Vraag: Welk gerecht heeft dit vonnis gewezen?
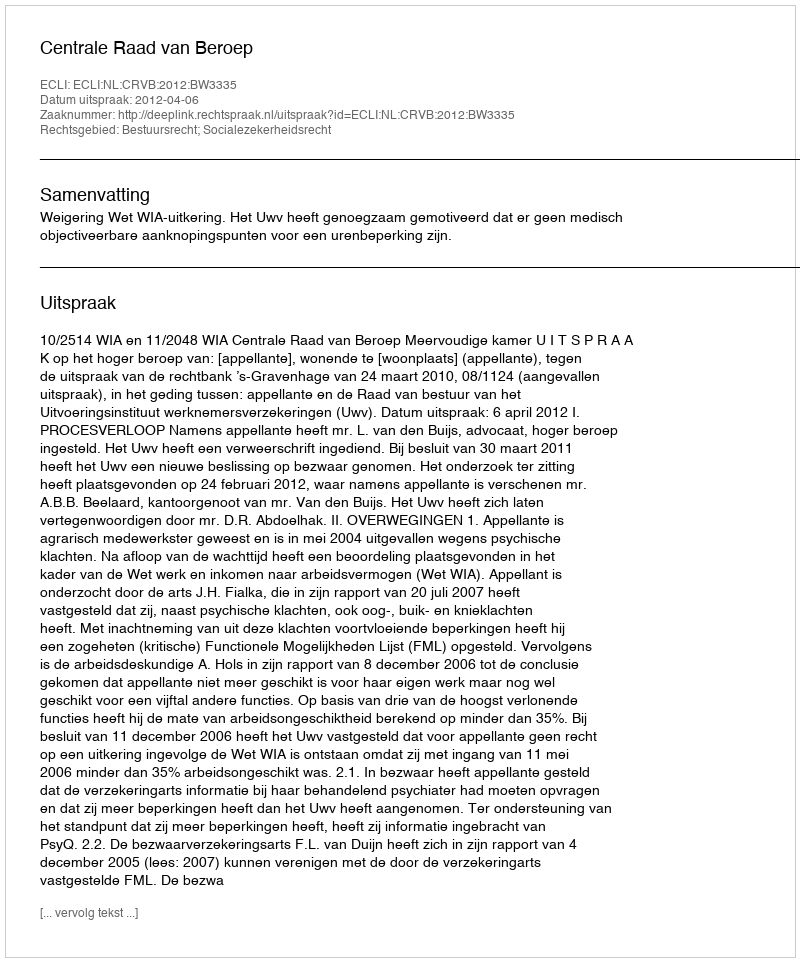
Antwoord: Centrale Raad van Beroep